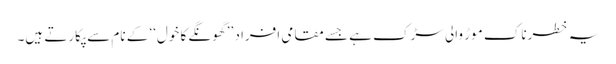
یہ خطرناک موڑ والی سڑک ہے جسے مقامی افراد ’’ گھونگے کا خول‘‘ کے نام سے پکارتے ہیں۔